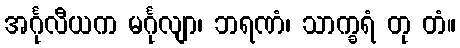
အင်္ဂုလီယက မင်္ဂုလျာ၊ ဘရဏံ၊ သာက္ခရံ တု တံ။